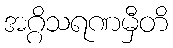
အဂ္ဂိသရဏမှီတိ